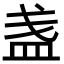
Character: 盏